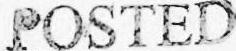
POSTED